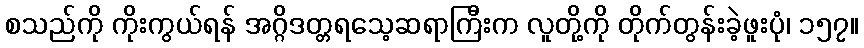
စသည်ကို ကိုးကွယ်ရန် အဂ္ဂိဒတ္တရသေ့ဆရာကြီးက လူတို့ကို တိုက်တွန်းခဲ့ဖူးပုံ၊ ၁၅၇။